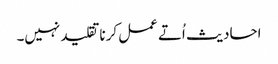
احادیث اُتے عمل کرنا تقلید نہیں۔